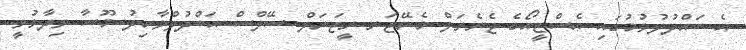
އެ ބައްދުލުވުމުގައި އެސްޓީއޯގެ ޖެނެރަލް މެނޭޖަރ ރީޖަނަލް ސޭލްސް އަބްދުލްވާހިދު މޫސާ ވިދާޅުވީ